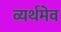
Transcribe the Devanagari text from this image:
व्यर्थमेव